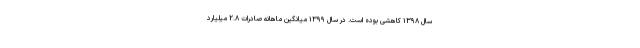
سال ۱۳۹۸ کاهشی بوده است. در سال ۱۳۹۹ میانگین ماهانه صادرات ۲.۸ میلیارد